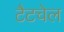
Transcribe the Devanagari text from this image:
टैटचेल